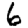
Digit: 6